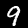
Digit: 9